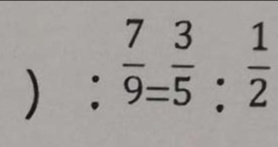
( \frac { 1 4 } { 1 5 } ) : \frac { 7 } { 9 } = \frac { 3 } { 5 } : \frac { 1 } { 2 }